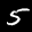
Label: 5